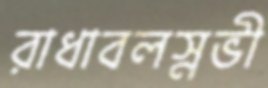
রাধাবলস্নভী